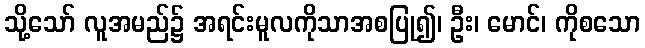
သို့သော် လူအမည်၌ အရင်းမူလကိုသာအစပြု၍၊ ဦး၊ မောင်၊ ကိုစသော